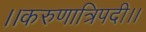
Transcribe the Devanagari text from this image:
।।करुणात्रिपदी।।